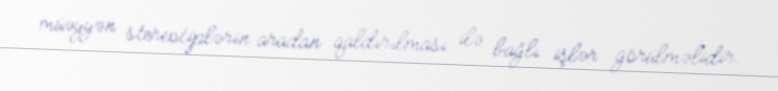
müəyyən stereotiplərin aradan qaldırılması ilə bağlı işlər görülməlidir.